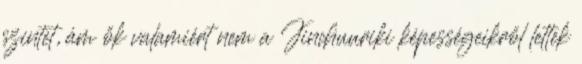
szintet, ám ők valamiért nem a Jinchuuriki képességeikről lettek